Annual report on the working of the Harcourt Butler Institute of Public Health, Rangoon
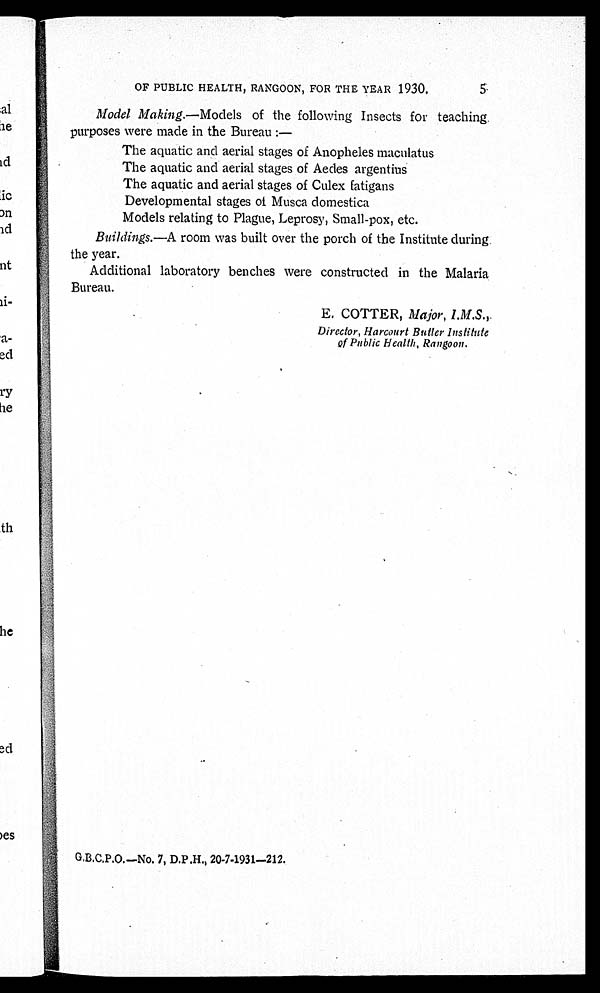
OF PUBLIC HEALTH, RANGOON, FOR THE YEAR 1930.
5
Model Making.—Models of the following Insects for teaching
purposes were made in the Bureau :
—
The aquatic and aerial stages of Anopheles maculatus
The aquatic and aerial stages of Aedes argentius
The aquatic and aerial stages of Culex fatigans
Developmental stages of Musca domestica
Models relating to Plague, Leprosy, Small-pox, etc.
Buildings.—A room was built over the porch of the Institute during
the year.
Additional laboratory benches were constructed in the Malaria
Bureau.
E. COTTER, Major, I. M. S
Director, Harcourt Butler institute
of Public Health, Rangoon.
G.B.C.P.O.—No. 7, D.P.H., 20-7-1931—212.